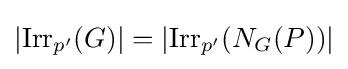
|{\textrm {Irr}}_{p'}(G)|=|{\textrm {Irr}}_{p'}(N_{G}(P))|